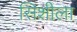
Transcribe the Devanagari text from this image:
सिशीला